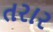
તરાર